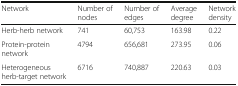
<table><thead><tr><td><b>Network</b></td><td><b>Number of nodes</b></td><td><b>Number of edges</b></td><td><b>Average degree</b></td><td><b>Network density</b></td></tr></thead><tbody><tr><td>Herb-herb network</td><td>741</td><td>60,753</td><td>163.98</td><td>0.22</td></tr><tr><td>Protein-protein network</td><td>4794</td><td>656,681</td><td>273.95</td><td>0.06</td></tr><tr><td>Heterogeneous herb-target network</td><td>6716</td><td>740,887</td><td>220.63</td><td>0.03</td></tr></tbody></table>